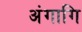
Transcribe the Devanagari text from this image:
अंगागि